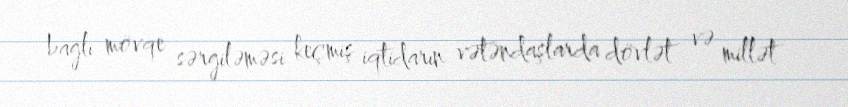
bağlı mövqe sərgiləməsi keçmiş iqtidarın vətəndaşlarda dövlət və millət